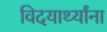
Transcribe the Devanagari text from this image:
विदयार्थ्यांना